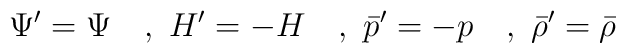
\Psi' = \Psi \quad, ~ H' = -H \quad, ~ {\bar p' }=-p \quad, ~{\bar\rho'} = {\bar\rho}